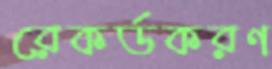
রেকর্ডকরণ